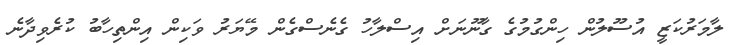
ލާމަރުކަޒީ އުސޫލުން ހިންގުމުގެ ގާނޫނަށް އިސްލާހު ގެނެސްގެން މޭޔަރު ވަކިން އިންތިހާބު ކުރެވިދާނެ